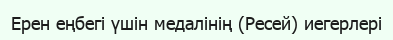
Ерен еңбегі үшін медалінің (Ресей) иегерлері